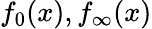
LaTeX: f_{0}(x),f_{\infty}(x)